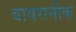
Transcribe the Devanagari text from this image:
बायरानीक